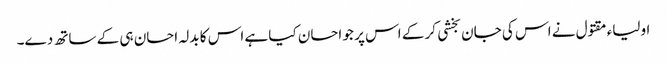
اولیاء مقتول نے اس کی جان بخشی کر کے اس پر جو احسان کیا ہے اس کا بدلہ احسان ہی کے ساتھ دے۔